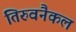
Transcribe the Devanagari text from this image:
तिरुवनैकल